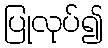
ပြုလုပ်၍